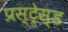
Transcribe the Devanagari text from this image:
प्रस्ट्रेस्ड